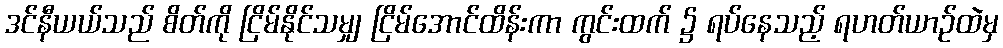
ဒင်နီယယ်သည် စိတ်ကို ငြိမ်နိုင်သမျှ ငြိမ်အောင်ထိန်းကာ ကွင်းထက် ၌ ရပ်နေသည့် ရဟတ်ယာဉ်ထဲမှ